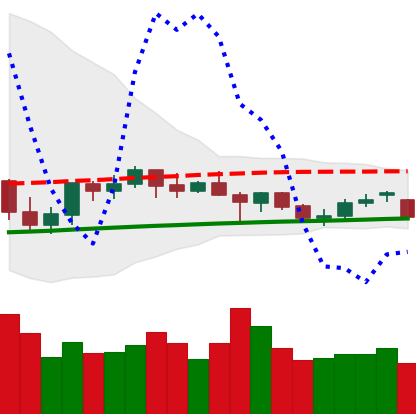
Ticker: ETH-USD
Chart end date: 2021-06-16
Forward return: -20.24%
Label: down_7plus